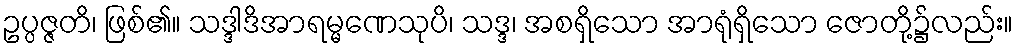
ဥပ္ပဇ္ဇတိ၊ ဖြစ်၏။ သဒ္ဒါဒိအာရမ္မဏေသုပိ၊ သဒ္ဒ၊ အစရှိသော အာရုံရှိသော ဇောတို့၌လည်း။